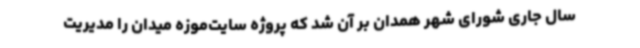
سال جاری شورای شهر همدان بر آن شد که پروژه سایت‌موزه میدان را مدیریت